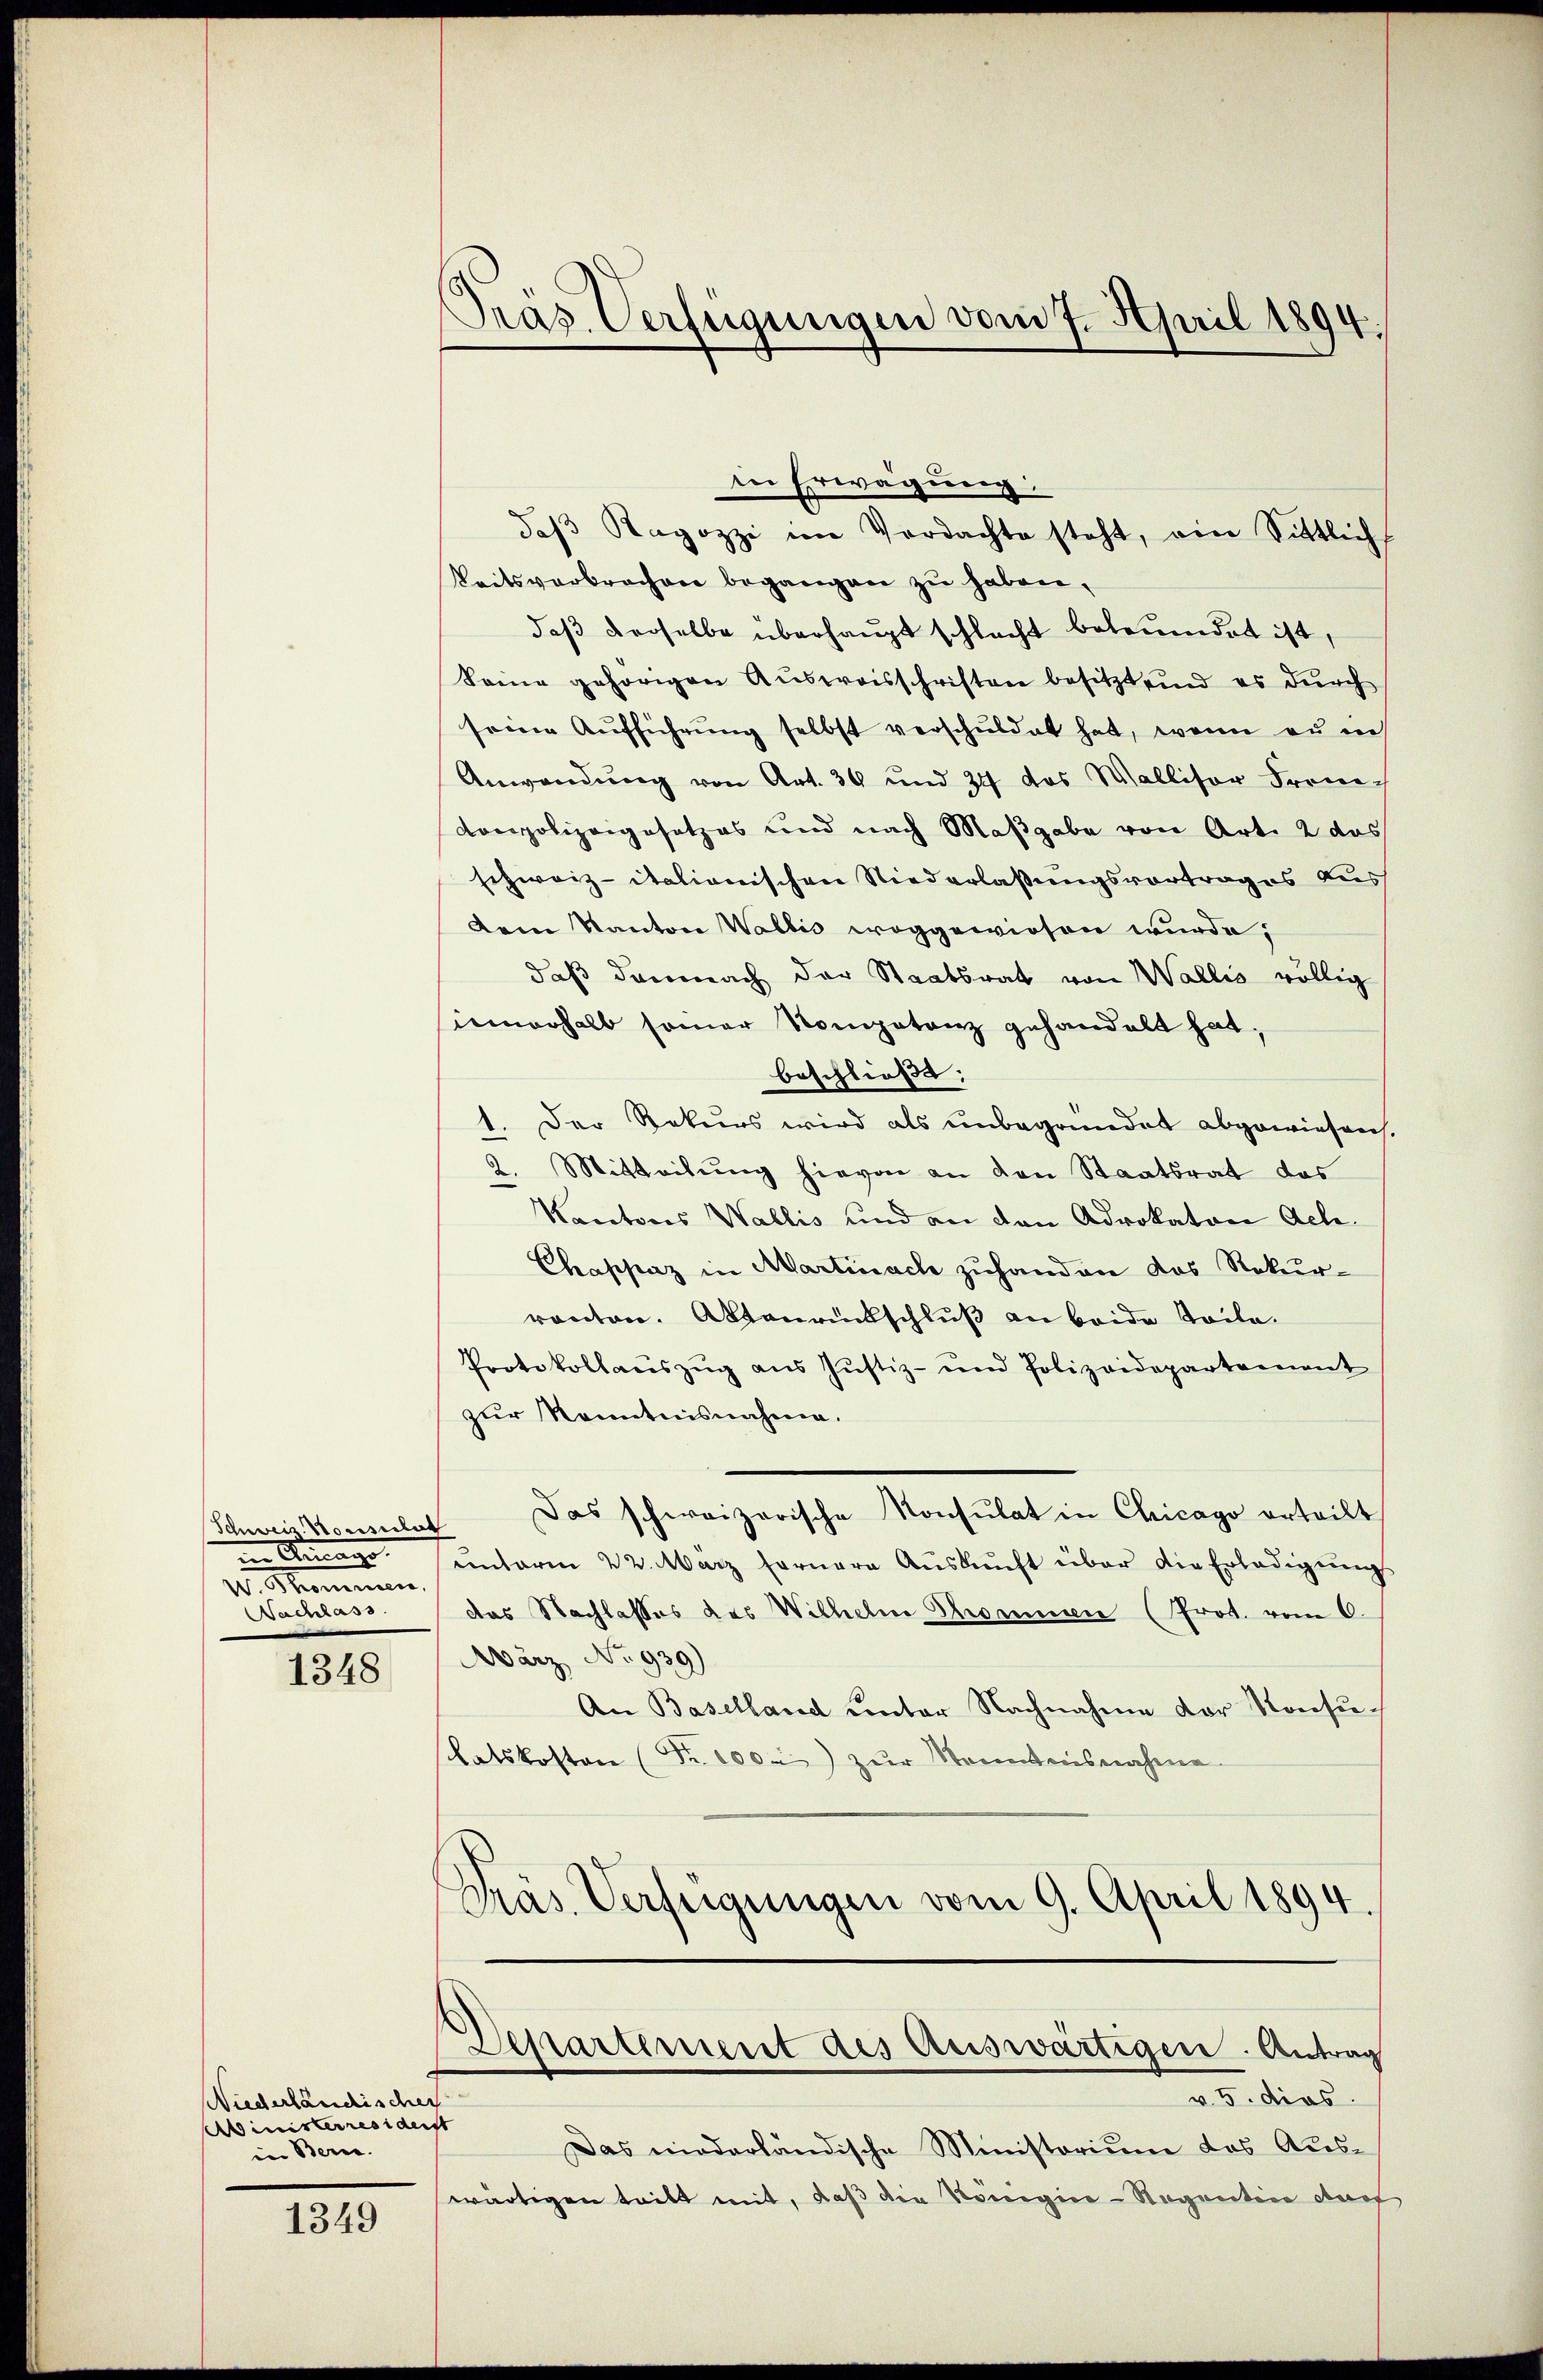
Schweiz. Konsulat
in Antrage.
d.
Nachlass

1348

Wiederländischer
Ministerresidenst
in Bern.

1349

Präs. Verfügungen vom 7. April 1894.

in Erwägung:
daβ Sagozzi im Verdachte steht, ein Sittlich
keitsverbrochen begangen zu haben.
daß derselbe überhaupt schlacht betrundet ist,
keine gehörigen Aŭsweisschriften besitzt und es dŭrch
seine Aufführung selbst verschuldet hat, wenn zu in
Anwendung von Art. 34 und 24 das Wallisor Frem¬
Corpolizeigesetzes und nach Maßgabe von Art. 2 das
schweiz italionischen Niederlaßungsvortrages aus
Dem Kanton Wallis weggewiesen wurde,
daß demnach der Staatsrat von Wallis völlig
innerhalb seiner Kompetenz gehandelt hat.
beschließt:
1. Der Rekurs wird als unbegründet abgewiesen.
2. Mitteilung hievon an den Staatsrat das
Kantones Wallis und an den Advokaton Ach
Chappaz in Martinach zuhanden das Rekurronton. Aktenrückschluß an beide Teile.
Protokollauszug aus Justiz- und Polizeidepartement
zur Kenntnisnahme.
Das schweizerische Konsulat in Chicago erteilt
unterm 22. März fernere Aŭskŭnft über die Erledigungs
das Nachlasses des Wilhelm Thommen (Prot. vom 6.
März No. 939)
An Baselland unter Nachnahme der Konsulatskosten (Fr. 100) zur Sonntensnahme
.
Präs. Verfügungen vom 9. April 1894.

Departement des Auswärtigen. Antrag
v. 5. dies

Das miederländische Ministorium das Auswärtigen tritt mit, daß die Königine-Regentin dar